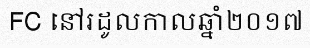
FC នៅរដូលកាលឆ្នាំ២០១៧